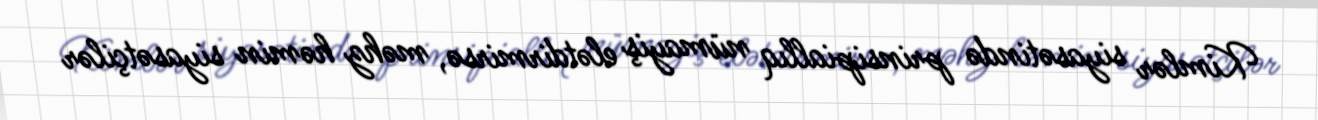
Kimlər siyasətində prinsipiallıq nümayiş elətdirmirsə, məhz həmin siyasətçilər